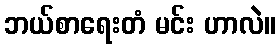
ဘယ်စာရေးတံ မင်း ဟာလဲ။